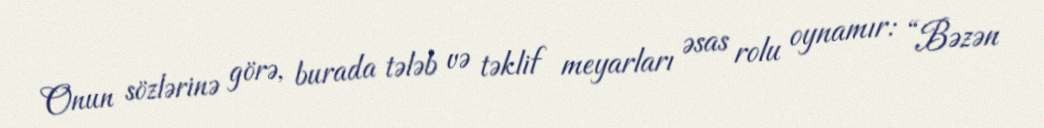
Onun sözlərinə görə, burada tələb və təklif meyarları əsas rolu oynamır: “Bəzən